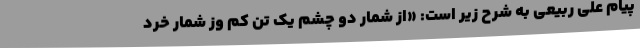
پیام علی ربیعی به شرح زیر است: «از شمار دو چشم یک تن کم وز شمار خرد